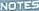
NOTES